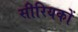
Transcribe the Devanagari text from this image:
सीरियकों